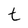
Character: t